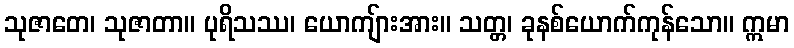
သုဇာတေ၊ သုဇာတာ။ ပုရိသဿ၊ ယောကျ်ားအား။ သတ္တ၊ ခုနစ်ယောက်ကုန်သော။ ဣမာ